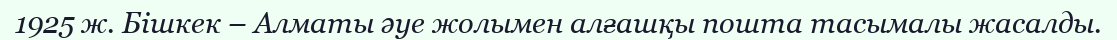
1925 ж. Бішкек – Алматы әуе жолымен алғашқы пошта тасымалы жасалды.